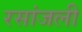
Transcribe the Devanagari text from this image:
रसांजली